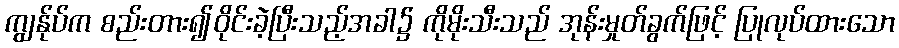
ကျွန်ုပ်က စည်းတား၍ဝိုင်းခဲ့ပြီးသည့်အခါ၌ ကိုမိုးသီးသည် အုန်းမှုတ်ခွက်ဖြင့် ပြုလုပ်ထားသော